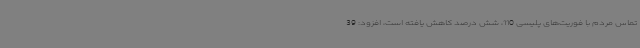
تماس مردم با فوریت‌های پلیسی 110، شش درصد کاهش یافته است، افزود: 39